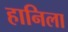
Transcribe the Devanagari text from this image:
हानिला